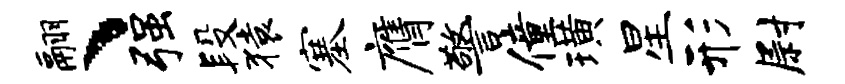
翮、强段猿塞膺警僮璜星形尉